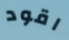
اقود